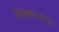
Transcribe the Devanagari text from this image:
शिक्षकाजवळ